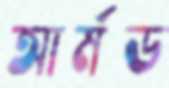
আর্মড